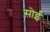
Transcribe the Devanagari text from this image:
सोईं